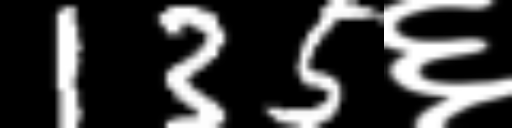
Text: 135६